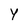
Character: Y